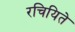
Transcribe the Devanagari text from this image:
रचियिते